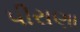
પીરાણા